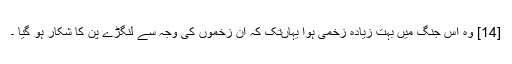
[14] وہ اس جنگ میں بہت زیادہ زخمی ہوا یہاںتک کہ ان زخموں کی وجہ سے لنگڑے پن کا شکار ہو گیا ۔